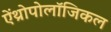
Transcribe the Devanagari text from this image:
ऐंथ्रोपोलॉजिकल